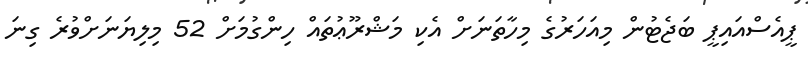
ޕީއެސްއައިޕީ ބަޖެޓުން މިއަހަރުގެ މިހާތަނަށް އެކި މަޝްރޫޢުތައް ހިންގުމަށް 52 މިލިޔަނަށްވުރެ ގިނަ